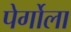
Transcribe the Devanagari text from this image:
पेर्गोला